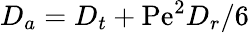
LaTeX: D_{a}=D_{t}+\mathrm{Pe}^{2}D_{r}/6